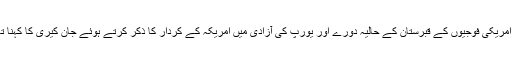
لکسمبرگ میں دوسری جنگ عظیم میں ہلاک ہونے والے امریکی فوجیوں کے قبرستان کے حالیہ دورے اور یورپ کی آزادی میں امریکہ کے کردار کا ذکر کرتے ہوئے جان کیری کا کہنا تھا کہ باہمی تعاون اب بھی اتنا ہی زیادہ ہے جتنا پہلے تھا۔